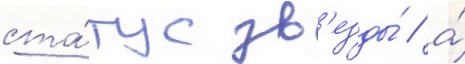
ста́тус зв'езды́ / а́